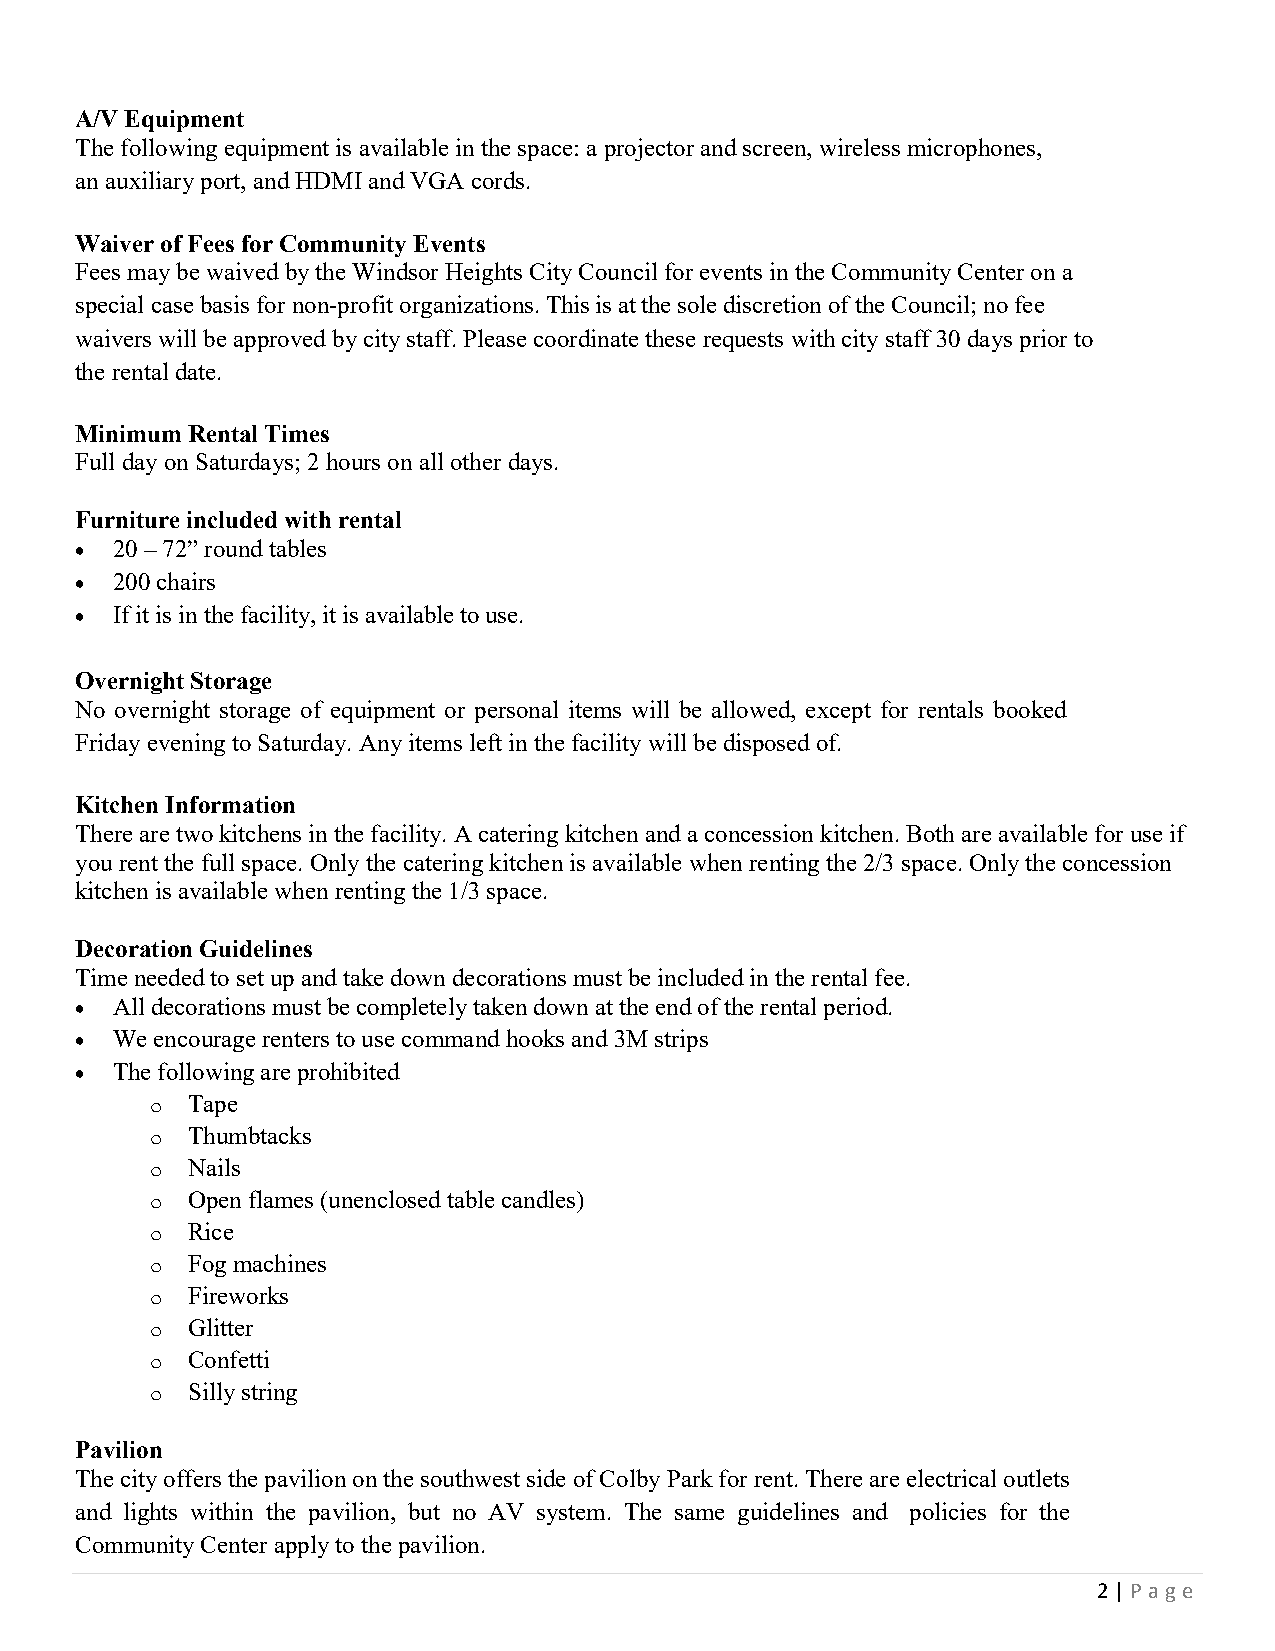
A/V Equipment
 The following equipment is available in the space: a projector and screen, wireless microphones,
 an auxiliary port, and HDMI and VGA cords.
 Waiver of Fees for Community Events
 Fees may be waived by the Windsor Heights City Council for events in the Community Center on a
 special case basis for non-profit organizations. This is at the sole discretion of the Council; no fee
 waivers will be approved by city staff. Please coordinate these requests with city staff 30 days prior to
 the rental date.
 Minimum Rental Times
 Full day on Saturdays; 2 hours on all other days.
 Furniture included with rental
  20 – 72” round tables
  200 chairs
  If it is in the facility, it is available to use.
 Overnight Storage
 No overnight storage of equipment or personal items will be allowed, except for rentals booked
 Friday evening to Saturday. Any items left in the facility will be disposed of.
 Kitchen Information
 There are two kitchens in the facility. A catering kitchen and a concession kitchen. Both are available for use if
 you rent the full space. Only the catering kitchen is available when renting the 2/3 space. Only the concession
 kitchen is available when renting the 1/3 space.
 Decoration Guidelines
 Time needed to set up and take down decorations must be included in the rental fee.
  All decorations must be completely taken down at the end of the rental period.
  We encourage renters to use command hooks and 3M strips
  The following are prohibited
 o Tape
 o Thumbtacks
 o Nails
 o Open flames (unenclosed table candles)
 o Rice
 o Fog machines
 o Fireworks
 o Glitter
 o Confetti
 o Silly string
 Pavilion
 The city offers the pavilion on the southwest side of Colby Park for rent. There are electrical outlets
 and lights within the pavilion, but no AV system. The same guidelines and policies for the
 Community Center apply to the pavilion.
 2 | P a ge